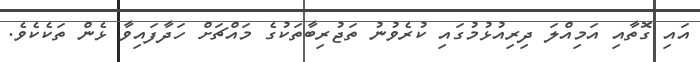
އައި ގޮތާއި އަމިއްލަ ދިރިއުޅުމުގައި ކުރެވުނު ތަޖުރިބާތަކުގެ މައްޗަށް ހަދާފައިވާ ޅެން ތަކެކެވެ.